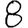
Digit: 8